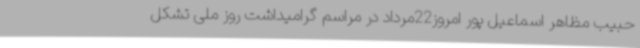
حبیب مظاهر اسماعیل پور امروز22مرداد در مراسم گرامیداشت روز ملی تشکل